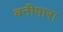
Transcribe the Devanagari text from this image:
बनीपारा